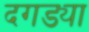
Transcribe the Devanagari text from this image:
दगड्या